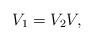
LaTeX: \begin{align*}V_1=V_2V,\end{align*}